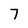
Character: 7